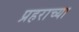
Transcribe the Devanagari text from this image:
प्रहराच्या